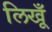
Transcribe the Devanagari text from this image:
लिखूँ